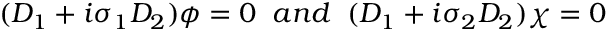
( D _ { 1 } + i \sigma _ { 1 } D _ { 2 } ) \phi = 0 \; \; a n d \; \; ( D _ { 1 } + i \sigma _ { 2 } D _ { 2 } ) \chi = 0